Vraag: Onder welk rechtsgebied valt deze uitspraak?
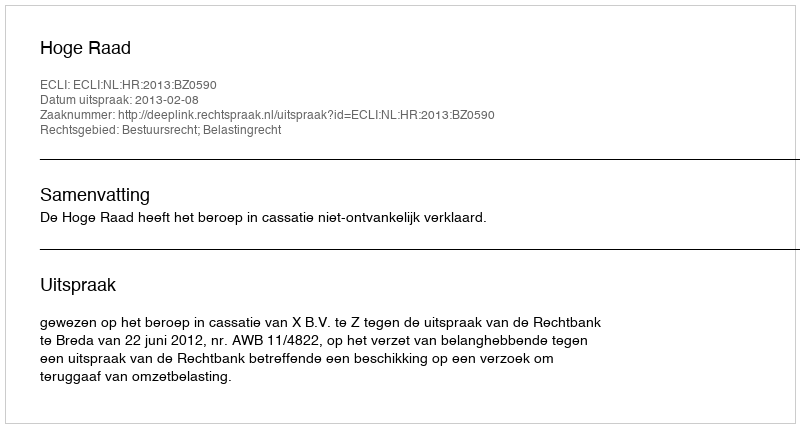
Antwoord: Bestuursrecht; Belastingrecht